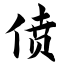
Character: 偾